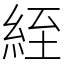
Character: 絰